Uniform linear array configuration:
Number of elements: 48
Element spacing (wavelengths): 0.75
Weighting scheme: blackman
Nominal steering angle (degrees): -45
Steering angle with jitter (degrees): -46.971
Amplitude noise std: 0.05
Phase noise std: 0.05

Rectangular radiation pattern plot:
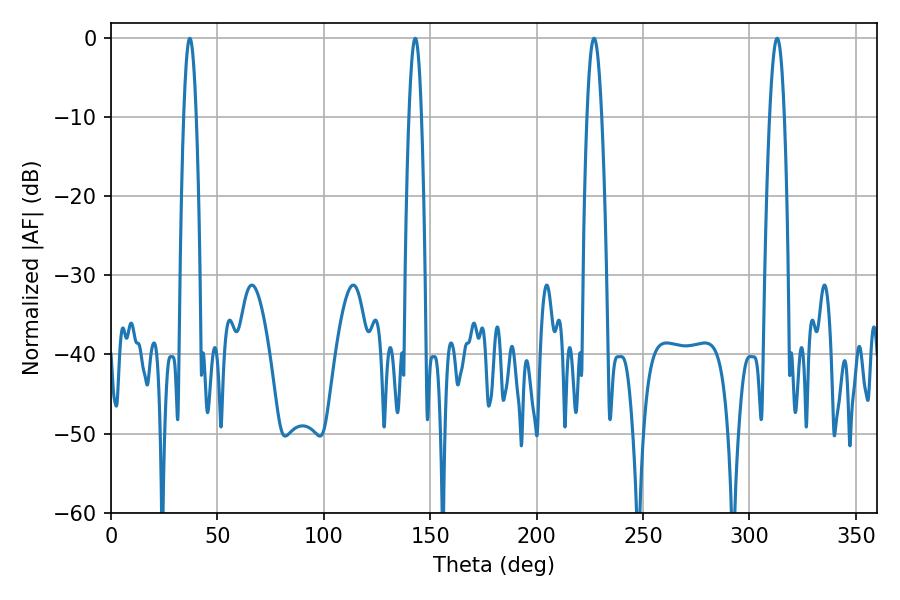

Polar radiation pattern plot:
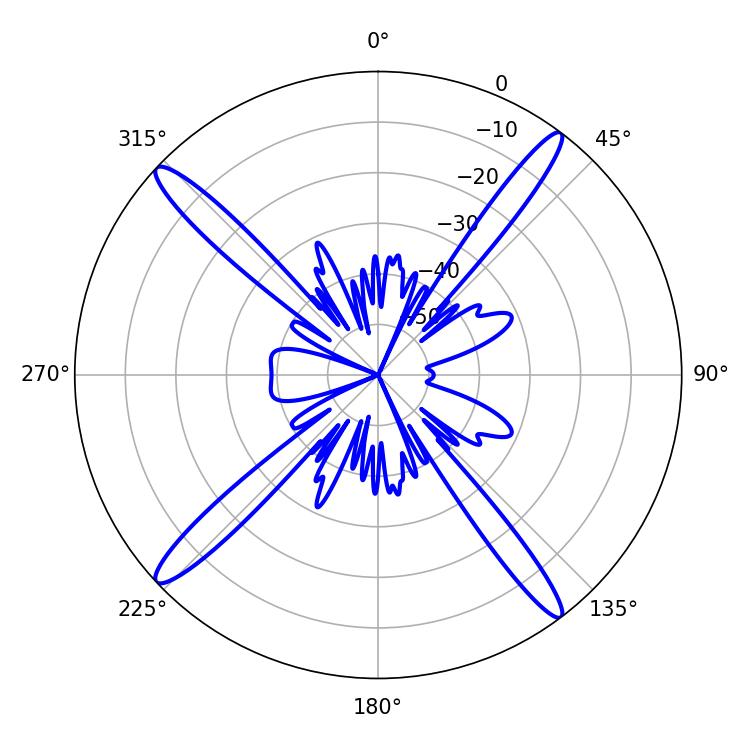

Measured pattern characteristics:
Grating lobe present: TRUE
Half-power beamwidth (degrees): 3.78
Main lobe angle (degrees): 226.98